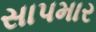
સાપમાર